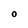
Character: O